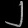
Digit: ၂